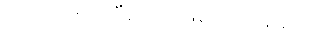
အားလုံးသိပြီးသားဖြစ်ပါလိမ့်မယ်။